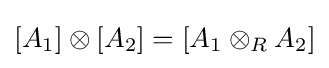
[A_{1}]\otimes [A_{2}]=[A_{1}\otimes _{R}A_{2}]